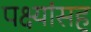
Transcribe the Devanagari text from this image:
पक्ष्यांसह